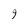
Character: 9